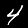
Label: 4